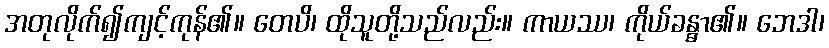
အတုလိုက်၍ကျင့်ကုန်၏။ တေပိ၊ ထိုသူတို့သည်လည်း။ ကာယဿ၊ ကိုယ်ခန္ဓာ၏။ ဘေဒါ၊